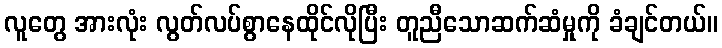
လူတွေ အားလုံး လွတ်လပ်စွာနေထိုင်လိုပြီး တူညီသောဆက်ဆံမှုကို ခံချင်တယ်။